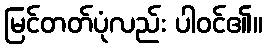
မြင်တတ်ပုံလည်း ပါဝင်၏။